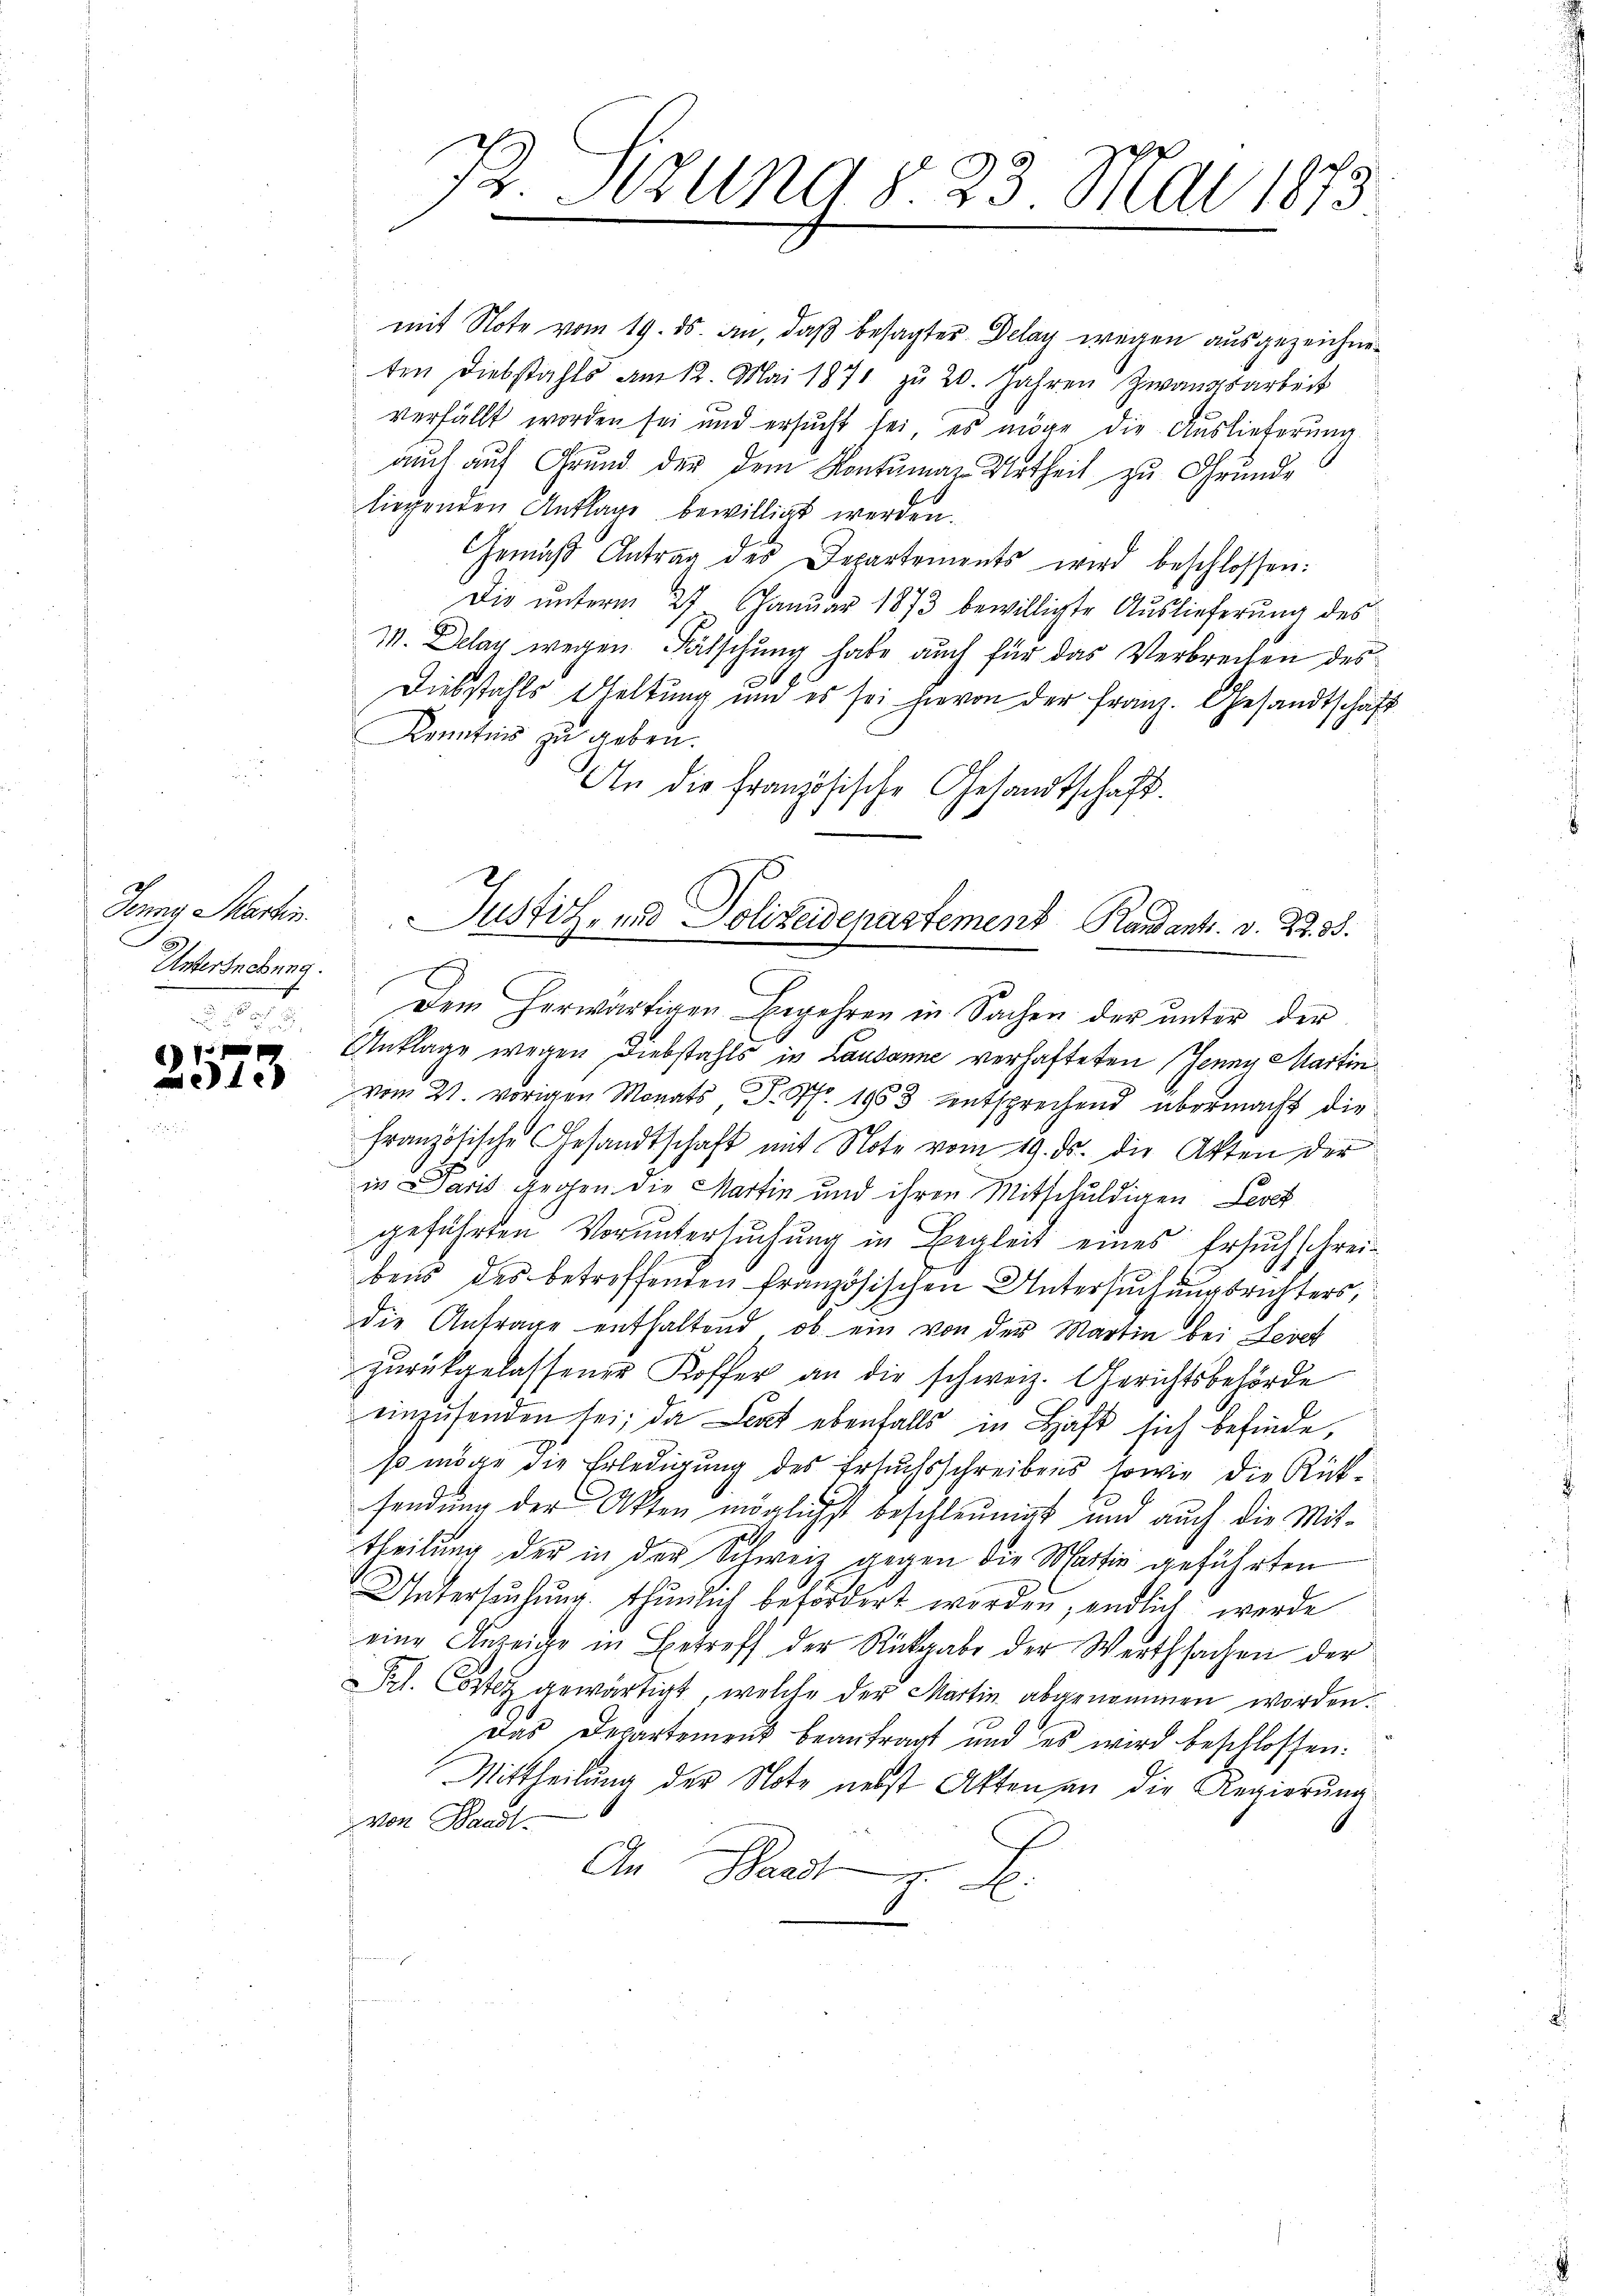
Jenny Martin.
Untersuchung.

)
1

½ Sizung § 23 Mai 1873

mit Note vom 19. ds. an, daß besagtes Delay wegen ausgezeichneten Diebstahls am 12. Mai 1871 zu 20. Jahren Zwangsarbeit
verfällt worden sei und ersucht sei, es möge die Auslieferung
auch auf Grund der dem Kontumaz-Urtheil zu Grunde
liegenden Anklage bewilligt werden.
Gemäβ Antrag des Departements wird beschlossen:
Die unterm 27. Januar 1873 bewilligte Auslieferung des
M. Delay wegen Fälschung habe auch für das Verbrechen des
.
Diebstahls Geltung um es sei hievon der Franz. Gesandtschaft
Kenntnis zu geben.
An die Französische Gesandtschaft.
t
Dem herwärtigen Begehren in Sachen der unter der
Anklage wegen Diebstahls in Lausanne verhafteten Jenny Martinvom 21. vorigen Monats P. Nr. 1958 entsprechend übermacht die
französische Gesandtschaft mit Note vom 19. ds. die Akten der
in Paris gegen die Martin und ihren Mitschuldigen Leve
geführten Voruntersuchung in Begleit eines Ersuchschreibens des betreffenden Französischen Untersuchungsrichters,
die Anfrage enthaltend, ob ein von der Martin bei Leve
zŭrückgelassener Koffer an die schweiz. Gerichtsbehörde
einzusenden sei; da Leat ebenfalls in Haft sich befinde,
so möge die Erledigung des Ersuchsschreibens sowie die Rücksendung der Akten möglichst beschleunigt und auch die Mit-
theilung der in der Schweiz gegen die Martig geführten
Untersuchung thunlich befördert werden, endlich werde
eine Anzeige in Betreff der Rückgabe der Werthsachen der
Sl. öste gewärtigt, welche der Martin abgenommen worden.
Das Departement beantragt und es wird beschlossen:
Mittheilung der Note nebst Akten an die Regierung
von Waadt-
An Pandt
 E

Justiz- und Polizeidepartement Randants. v. 2. 33.